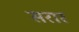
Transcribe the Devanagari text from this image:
सरार